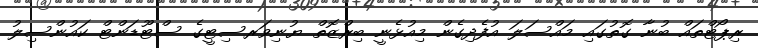
ރިޕޯޓްތައް ބުނާ ގޮތުގައި މައްސަލަ އުފެދިގެން މިއުޅެނީ ބިރްޒޮތް ޔުނިވަރސިޓީގެ ސްޓޫޑަންޓް ކައުންސިލު